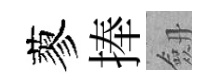
蓼捧劔